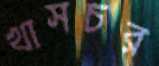
খাসচর